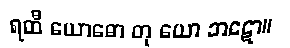
ရထီ ယောဓော တု ယော ဘဋော။